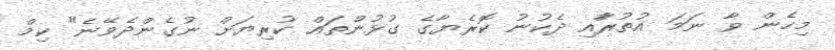
މިހެން ވާ ނަމަ އުތުރުާއި ދެކުނު ކޮރެޔާގެ ގުޅުންތައް ކުރިޔަށް ނުގެންދެވޭނެ" ކިމް